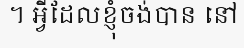
។ អ្វីដែលខ្ញុំចង់បាន នៅ